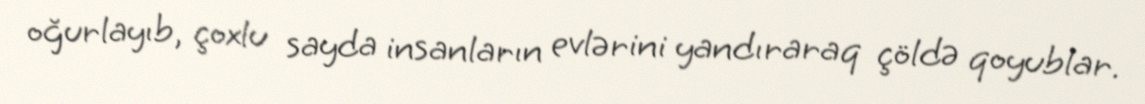
oğurlayıb, çoxlu sayda insanların evlərini yandıraraq çöldə qoyublar.